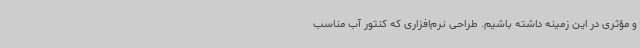
و مؤثری در این زمینه داشته باشیم. طراحی نرم‌افزاری که کنتور آب مناسب